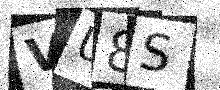
Text: VU8S